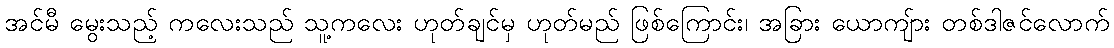
အင်မီ မွေးသည့် ကလေးသည် သူ့ကလေး ဟုတ်ချင်မှ ဟုတ်မည် ဖြစ်ကြောင်း၊ အခြား ယောကျ်ား တစ်ဒါဇင်လောက်